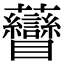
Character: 𧆏